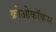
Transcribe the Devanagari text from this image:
क्रोओकॉकस